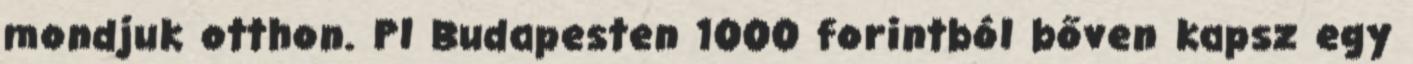
mondjuk otthon. Pl Budapesten 1000 forintból bőven kapsz egy